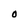
Character: O